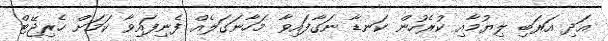
އަދި އަރަބި ލިޔުމާއި ކުރެހުން ކަނޑާ ނަގާފައިވާ މަހާނަގަލެެއް ފެނިފައިވާ ކަަމަށް ހެރިޖޭޓް